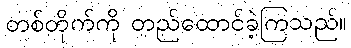
တစ်တိုက်ကို တည်ထောင်ခဲ့ကြသည်။